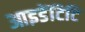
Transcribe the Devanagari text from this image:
आइडेंटिटि